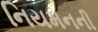
નિયમનની